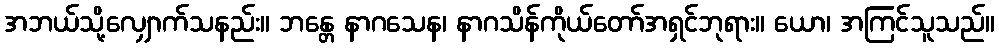
အဘယ်သို့လျှောက်သနည်း။ ဘန္တေ နာဂသေန၊ နာဂသိန်ကိုယ်တော်အရှင်ဘုရား။ ယော၊ အကြင်သူသည်။